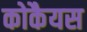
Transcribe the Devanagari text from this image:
कोकैयस